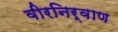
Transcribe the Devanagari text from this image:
वीरनिर्वाण